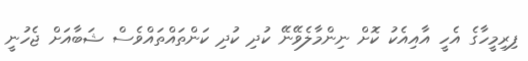
ފިރިމީހާގެ އެހީ އާއިއެކު ކޮށް ނިންމާލެވޭނޭ ކުދި ކުދި ކަންތައްތައްވެސް ޝަބާއަށް ޖެހުނީ